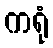
ကရုံ